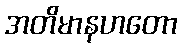
အတိမာနဟတော